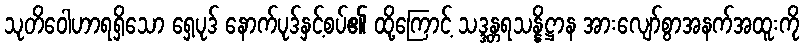
သုတိဝေါဟာရရှိသော ရှေ့ပုဒ် နောက်ပုဒ်နှင့်စပ်၏ ထို့ကြောင့် သဒ္ဒန္တရသန္နိဋ္ဌာန အားလျော်စွာအနက်အထူးကို